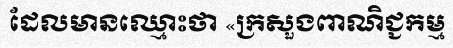
ដែលមានឈ្មោះថា «ក្រសួងពាណិជ្ជកម្ម